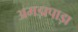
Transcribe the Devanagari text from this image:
अमड़ापाड़ा